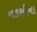
નકશીના